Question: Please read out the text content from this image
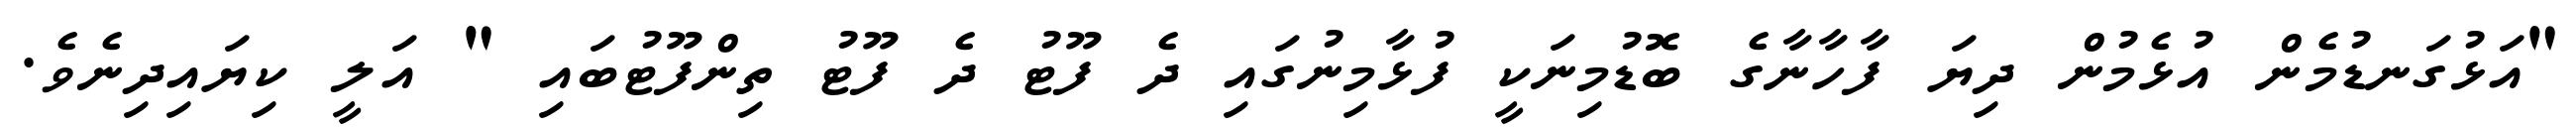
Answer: "އަޅުގަނޑުމެން އުޅެމުން ދިޔަ ފާހާނާގެ ބޮޑުމިނަކީ ފުޅާމިނުގައި ދެ ފޫޓު ދެ ފޫޓު ތިންފޫޓުބައި " އަލީ ކިޔައިދިނެވެ.